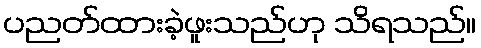
ပညတ်ထားခဲ့ဖူးသည်ဟု သိရသည်။